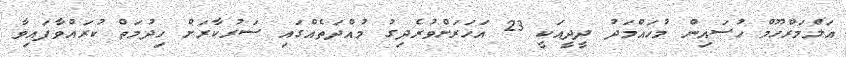
އަލްމަރްހޫމް ހުސައިން މުހައްމަދު ދީދީއަކީ 23 އަހަރަށްވުރެދިގު މުއްދަތެއްގައި ސަރުކާރަށް ހިދުމަތް ކުރައްވާފައިވާ